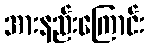
အားနည်းကြောင်း